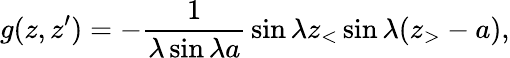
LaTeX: g(z,z^{\prime})=-{\frac{1}{\lambda\sin\lambda a}}\sin\lambda z_{<}\sin\lambda(z_{>}-a),